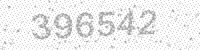
Solution: 396542